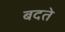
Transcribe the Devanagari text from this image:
बदते